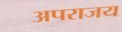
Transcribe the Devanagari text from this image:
अपराजय